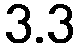
3.3